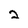
Character: 2